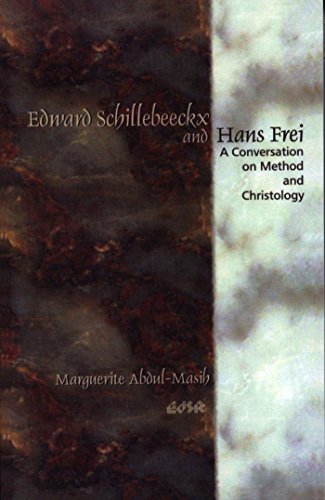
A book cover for Edward Schillebeeckx and Hans Frei: A Conversation on Method and Christology (Editions SR); Marguerite Abdul-Masih; Christian Books & Bibles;